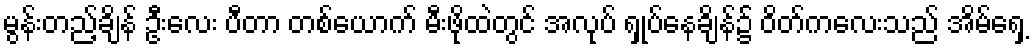
မွန်းတည့်ချိန် ဦးလေး ပီတာ တစ်ယောက် မီးဖိုထဲတွင် အလုပ် ရှုပ်နေချိန်၌ ဝိတ်ကလေးသည် အိမ်ရှေ့